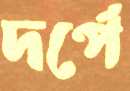
দর্পে